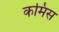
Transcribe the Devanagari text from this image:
कमिंस